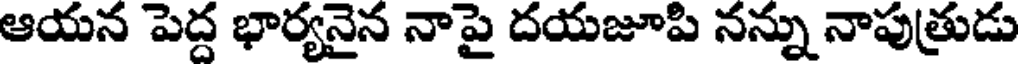
ఆయన పెద్ద భార్యనైన నాపై దయజూపి నన్ను నాపుత్రుడు